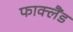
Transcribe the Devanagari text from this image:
फाक्लैंड